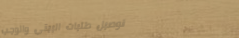
توصيل طلبات البيتي والوجب